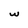
Character: w